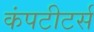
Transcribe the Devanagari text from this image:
कंपटीटर्स